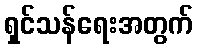
ရှင်သန်ရေးအတွက်